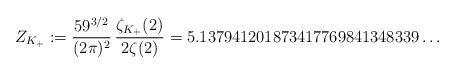
LaTeX: \begin{align*}Z_{K_+}:=\frac{59^{3/2}}{(2\pi)^2}\,\frac{\zeta_{K_+}(2)}{2\zeta(2)}=5.137941201873417769841348339\ldots\end{align*}